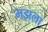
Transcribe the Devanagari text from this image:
मझला